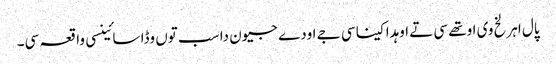
پال اہرلخ وی اوتھے سی تے اوہدا کینا سی جے اودے جیون دا سب توں وڈا سائینسی واقعہ سی۔